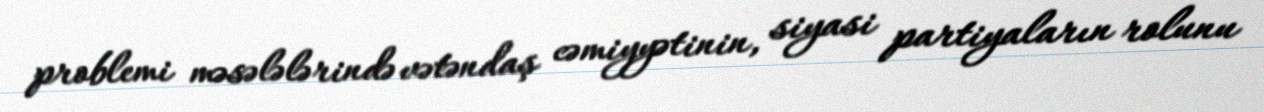
problemi məsələlərində vətəndaş cəmiyyətinin, siyasi partiyaların rolunu